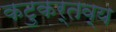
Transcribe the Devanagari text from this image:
कटुकर्तव्य